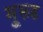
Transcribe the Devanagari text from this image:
मु्रूड